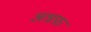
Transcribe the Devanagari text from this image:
अश्रफ़